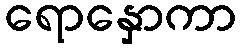
ရောနှောကာ